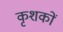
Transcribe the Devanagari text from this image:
कृशकों